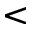
<